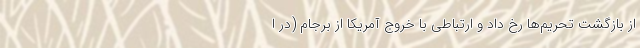
از بازگشت تحریم‌ها رخ داد و ارتباطی با خروج آمریکا از برجام (در ا